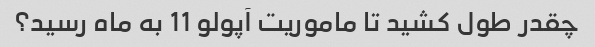
چقدر طول کشید تا ماموریت آپولو 11 به ماه رسید؟